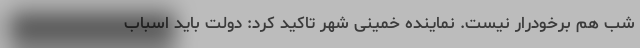
شب هم برخودرار نیست. نماینده خمینی شهر تاکید کرد: دولت باید اسباب